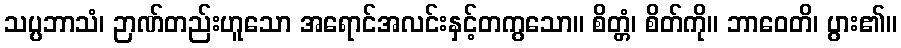
သပ္ပဘာသံ၊ ဉာဏ်တည်းဟူသော အရောင်အလင်းနှင့်တကွသော။ စိတ္တံ၊ စိတ်ကို။ ဘာဝေတိ၊ ပွား၏။